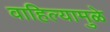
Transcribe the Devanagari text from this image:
वाहिल्यामुळे